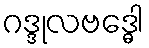
ဂဒ္ဒုလဗဒ္ဓေါ